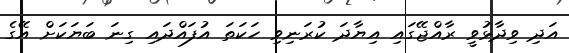
އަދި ވިދާޅުވީ ރާއްޖޭގައި އިޔާދަ ކުރަނިވި ހަކަތަ އުފައްދައި ގިނަ ބަޔަކަށް އޭގެ